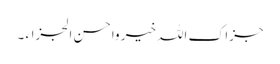
جزاک اللہ خیر واحسن الجزاء ۔